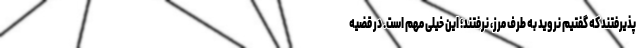
پذیرفتند که گفتیم نروید به طرف مرز، نرفتند؛ این خیلی مهم است. در قضیه